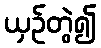
ယှဉ်တွဲ၍